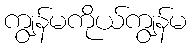
ကျွန်မကိုယ်ကျွန်မ